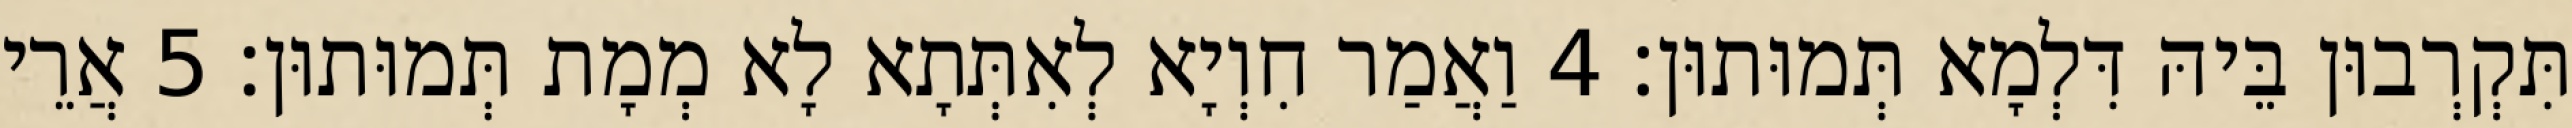
תִּקְרְבוּן בֵּיהּ דִּלְמָא תְּמוּתוּן׃ 4 וַאֲמַר חִוְיָא לְאִתְּתָא לָא מְמָת תְּמוּתוּן׃ 5 אֲרֵי